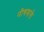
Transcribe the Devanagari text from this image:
नीचवाले